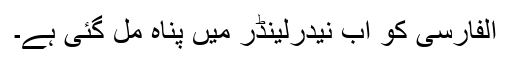
الفارسی کو اب نیدرلینڈر میں پناہ مل گئی ہے۔